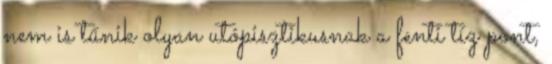
nem is tűnik olyan utópisztikusnak a fenti tíz pont,